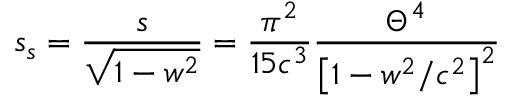
s _ { s } = \frac s { \sqrt { 1 - w ^ { 2 } } } = \frac { \pi ^ { 2 } } { 1 5 c ^ { 3 } } \frac { \Theta ^ { 4 } } { \left[ 1 - w ^ { 2 } / c ^ { 2 } \right] ^ { 2 } }